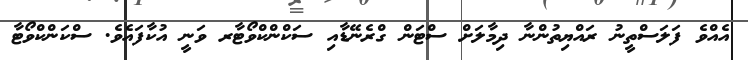
އެއްވެ ފަލަސްތީނު ރައްޔިތުންނާ ދިމާލަށް ސްޓަން ގްރެނޭޑާއި ސަކްންކްވޯޓާރ ވަނީ އުކާފައެވެ. ސްކަންކްވޯޓާ